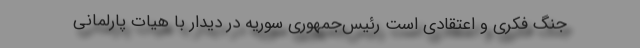
جنگ فکری و اعتقادی است رئیس‌جمهوری سوریه در دیدار با هیات پارلمانی